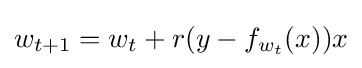
{\textstyle w_{t+1}=w_{t}+r(y-f_{w_{t}}(x))x}